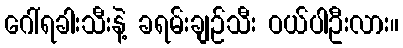
ဂေါ်ရခါးသီးနဲ့ ခရမ်းချဉ်သီး ဝယ်ပါဦးလား။